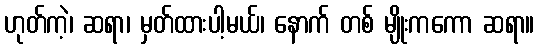
ဟုတ်ကဲ့၊ ဆရာ၊ မှတ်ထားပါ့မယ်၊ နောက် တစ် မျိုးကကော ဆရာ။